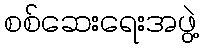
စစ်ဆေးရေးအဖွဲ့